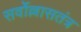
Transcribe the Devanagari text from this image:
सर्वोल्लासतंत्र